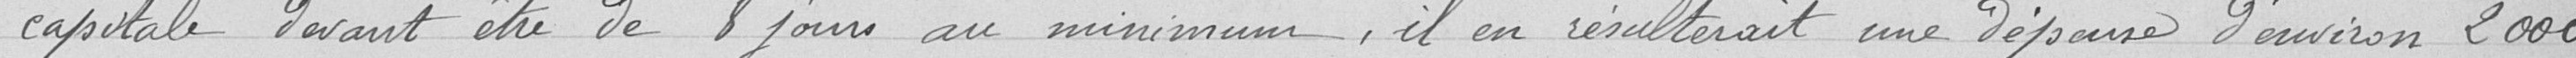
capitale devant être de 8 jours au minimum, il en résulterait une dépense d'environ 2 000